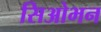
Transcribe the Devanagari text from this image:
सिओभन